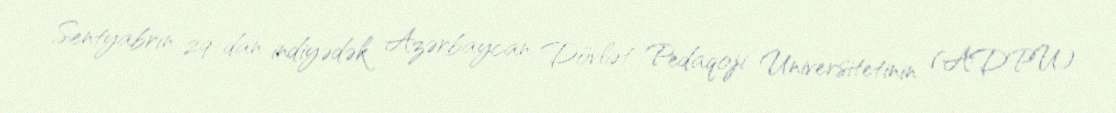
Sentyabrın 29-dan indiyədək Azərbaycan Dövlət Pedaqoji Universitetinin (ADPU)